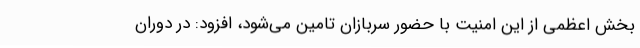
بخش اعظمی از این امنیت با حضور سربازان تامین می‌شود، افزود: در دوران